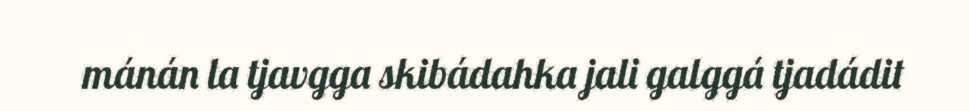
mánán la tjavgga skibádahka jali galggá tjadádit